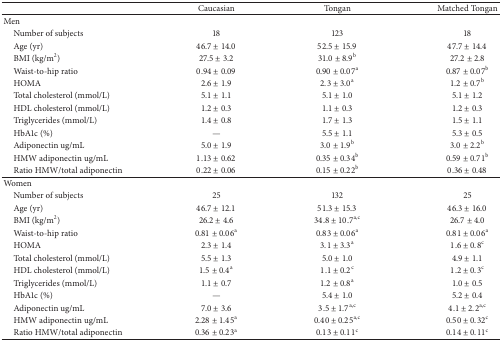
<table><thead><tr><td><b> </b></td><td><b>Caucasian</b></td><td><b>Tongan</b></td><td><b>Matched Tongan</b></td></tr></thead><tbody><tr><td>Men</td><td> </td><td> </td><td> </td></tr><tr><td> Number of subjects</td><td>18</td><td>123</td><td>18</td></tr><tr><td> Age (yr)</td><td>46.7 ± 14.0</td><td>52.5 ± 15.9</td><td>47.7 ± 14.4</td></tr><tr><td> BMI (kg/m<sup>2</sup>)</td><td>27.5 ± 3.2</td><td>31.0 ± 8.9<sup>b</sup></td><td>27.2 ± 2.8</td></tr><tr><td> Waist-to-hip ratio</td><td>0.94 ± 0.09</td><td>0.90 ± 0.07<sup>a</sup></td><td>0.87 ± 0.07<sup>b</sup></td></tr><tr><td> HOMA</td><td>2.6 ± 1.9</td><td>2.3 ± 3.0<sup>a</sup></td><td>1.2 ± 0.7<sup>b</sup></td></tr><tr><td> Total cholesterol (mmol/L)</td><td>5.1 ± 1.1</td><td>5.1 ± 1.0</td><td>5.1 ± 1.2</td></tr><tr><td> HDL cholesterol (mmol/L)</td><td>1.2 ± 0.3</td><td>1.1 ± 0.3</td><td>1.2 ± 0.3</td></tr><tr><td> Triglycerides (mmol/L)</td><td>1.4 ± 0.8</td><td>1.7 ± 1.3</td><td>1.5 ± 1.1</td></tr><tr><td> HbA1c (%)</td><td>—</td><td>5.5 ± 1.1</td><td>5.3 ± 0.5</td></tr><tr><td> Adiponectin ug/mL</td><td>5.0 ± 1.9</td><td>3.0 ± 1.9<sup>b</sup></td><td>3.0 ± 2.2<sup>b</sup></td></tr><tr><td> HMW adiponectin ug/mL</td><td>1.13 ± 0.62</td><td>0.35 ± 0.34<sup>b</sup></td><td>0.59 ± 0.71<sup>b</sup></td></tr><tr><td> Ratio HMW/total adiponectin</td><td>0.22 ± 0.06</td><td>0.15 ± 0.22<sup>b</sup></td><td>0.36 ± 0.48</td></tr><tr><td>Women</td><td> </td><td> </td><td> </td></tr><tr><td> Number of subjects</td><td>25</td><td>132</td><td>25</td></tr><tr><td> Age (yr)</td><td>46.7 ± 12.1</td><td>51.3 ± 15.3</td><td>46.3 ± 16.0</td></tr><tr><td> BMI (kg/m<sup>2</sup>)</td><td>26.2 ± 4.6</td><td>34.8 ± 10.7<sup>a,c</sup></td><td>26.7 ± 4.0</td></tr><tr><td> Waist-to-hip ratio</td><td>0.81 ± 0.06<sup>a</sup></td><td>0.83 ± 0.06<sup>a</sup></td><td>0.81 ± 0.06<sup>a</sup></td></tr><tr><td> HOMA</td><td>2.3 ± 1.4</td><td>3.1 ± 3.3<sup>a</sup></td><td>1.6 ± 0.8<sup>c</sup></td></tr><tr><td> Total cholesterol (mmol/L)</td><td>5.5 ± 1.3</td><td>5.0 ± 1.0</td><td>4.9 ± 1.1</td></tr><tr><td> HDL cholesterol (mmol/L)</td><td>1.5 ± 0.4<sup>a</sup></td><td>1.1 ± 0.2<sup>c</sup></td><td>1.2 ± 0.3<sup>c</sup></td></tr><tr><td> Triglycerides (mmol/L)</td><td>1.1 ± 0.7</td><td>1.2 ± 0.8<sup>a</sup></td><td>1.0 ± 0.5</td></tr><tr><td> HbA1c (%)</td><td>—</td><td>5.4 ± 1.0</td><td>5.2 ± 0.4</td></tr><tr><td> Adiponectin ug/mL</td><td>7.0 ± 3.6</td><td>3.5 ± 1.7<sup>a,c</sup></td><td>4.1 ± 2.2<sup>a,c</sup></td></tr><tr><td> HMW adiponectin ug/mL</td><td>2.28 ± 1.45<sup>a</sup></td><td>0.40 ± 0.25<sup>a,c</sup></td><td>0.50 ± 0.32<sup>c</sup></td></tr><tr><td> Ratio HMW/total adiponectin</td><td>0.36 ± 0.23<sup>a</sup></td><td>0.13 ± 0.11<sup>c</sup></td><td>0.14 ± 0.11<sup>c</sup></td></tr></tbody></table>